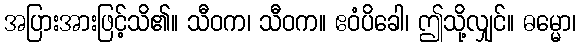
အပြားအားဖြင့်သိ၏။ သီဝက၊ သီဝက။ ဧဝံပိခေါ၊ ဤသို့လျှင်။ ဓမ္မော၊